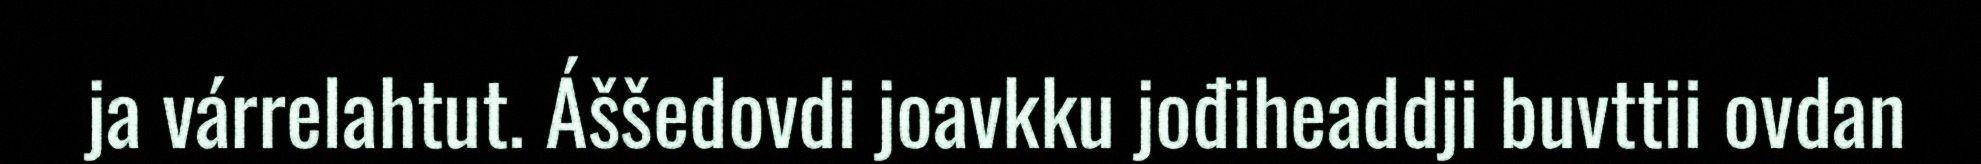
ja várrelahtut. Áššedovdi joavkku jođiheaddji buvttii ovdan